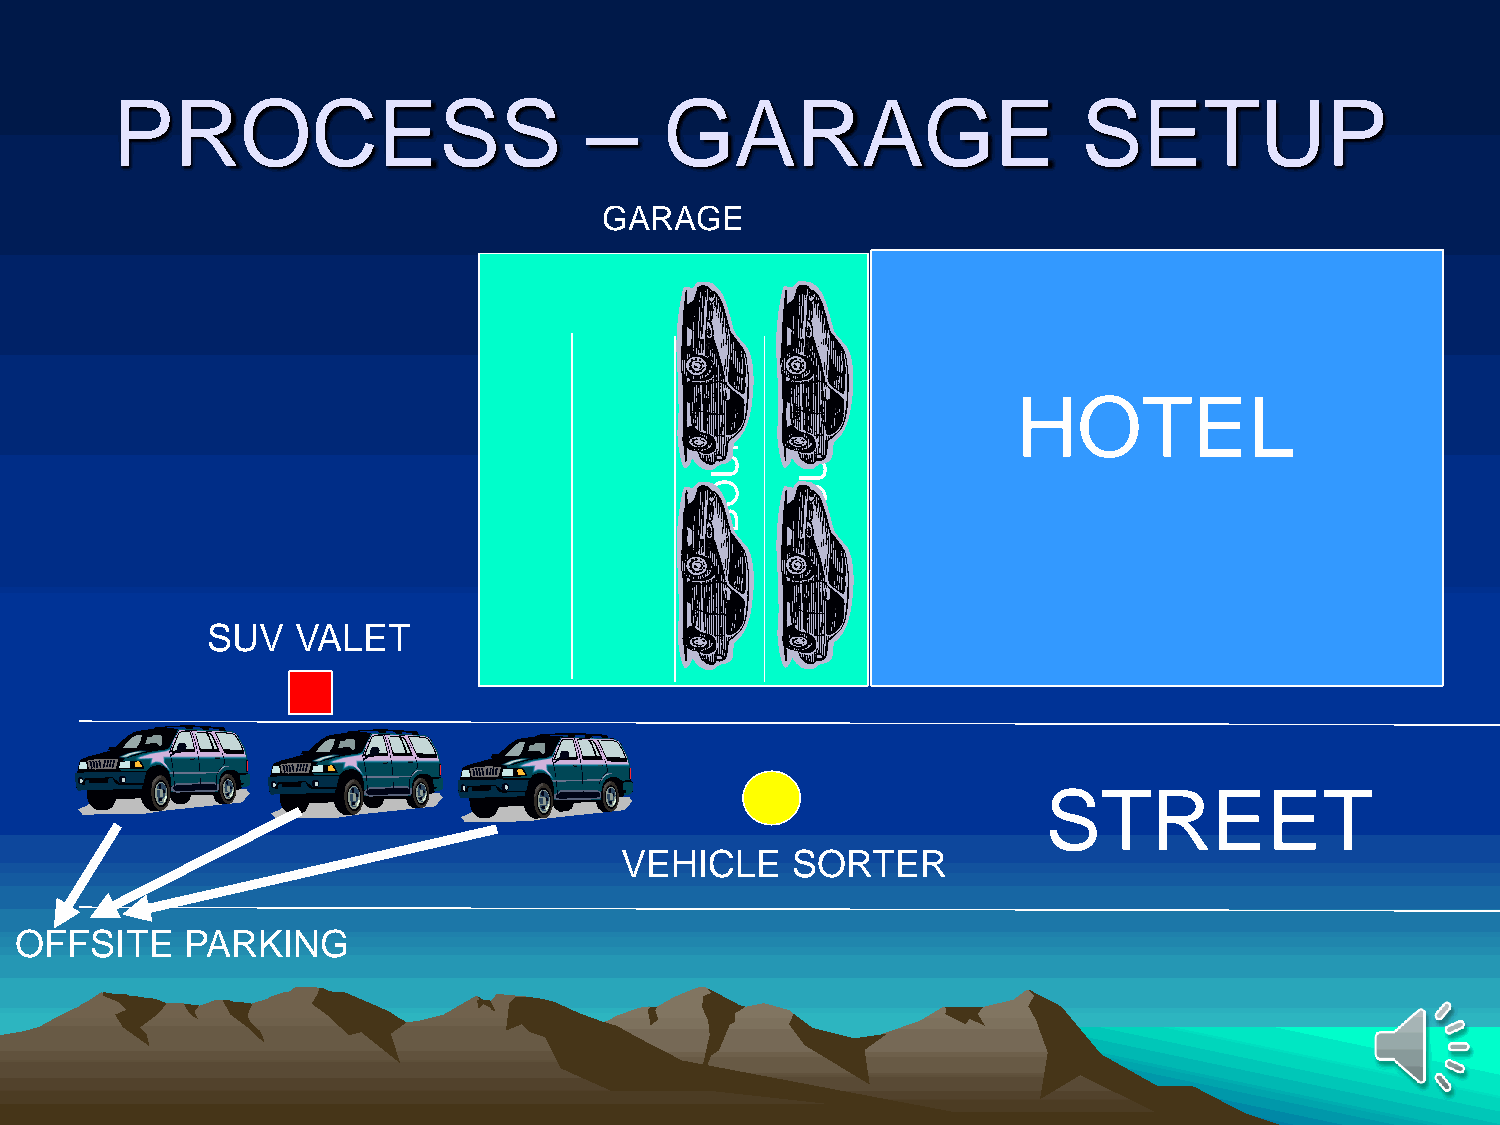
PROCESS                         –    GARAGE                      SETUP
 GARAGE
 HOTEL
 D     D
 N     N
 U     U
 O     O
 B     B
 N     N
 I     I
 SUV   VALET
 STREET
 VEHICLE    SORTER
 OFFSITE    PARKING